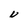
Character: U